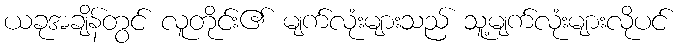
ယခုအချိန်တွင် လူတိုင်း၏ မျက်လုံးများသည် သူ့မျက်လုံးများလိုပင်